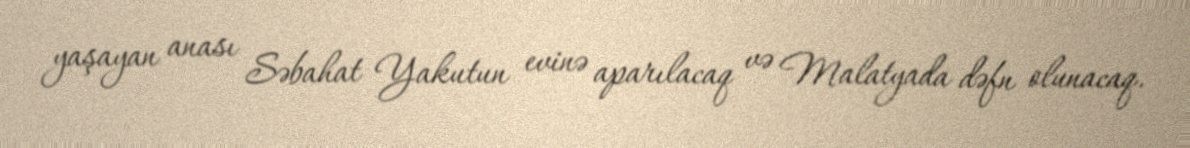
yaşayan anası Səbahat Yakutun evinə aparılacaq və Malatyada dəfn olunacaq.